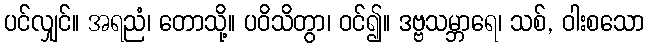
ပင်လျှင်။ အရညံ၊ တောသို့။ ပဝိသိတွာ၊ ဝင်၍။ ဒဗ္ဗသမ္ဘာရေ၊ သစ်, ဝါးစသော